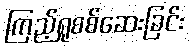
ကြည့်ရှုစစ်ဆေးခြင်း